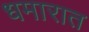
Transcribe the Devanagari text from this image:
धमारात